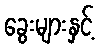
ခွေးများနှင့်